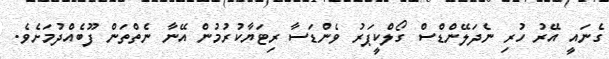
ގެނައީ އޭރު ހުރި ނެދަލޭންޑްސް ގޯލްކީޕަރު ވެންޑަސާ ރިޓަޔާކުރުމުން އޭނާ ނެތްތަން ފޫބެއްދުމަށެވެ.